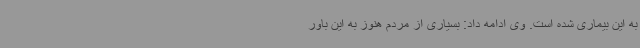
به این بیماری شده است. وی ادامه داد: بسیاری از مردم هنوز به این باور